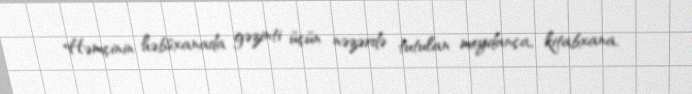
Həmçinin həbsxanada gəzinti üçün nəzərdə tutulan meydança, kitabxana,